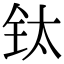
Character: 钛